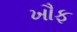
ખૌફ